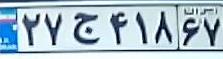
۲۷ج۴۱۸۶۷